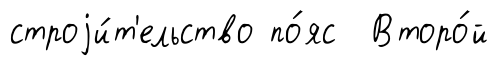
строjи́т'ельство по́яс Второ́й